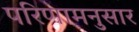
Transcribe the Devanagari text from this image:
परिणामनुसार